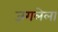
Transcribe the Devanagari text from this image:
जगलेला